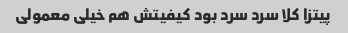
پیتزا کلا سرد سرد بود کیفیتش هم خیلی معمولی